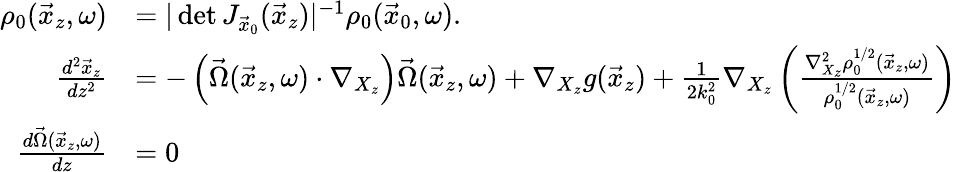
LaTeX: \begin{array}{rl}{\rho_{0}(\vec{x}_{z},\omega)}&{=|\operatorname*{det}J_{\vec{x}_{0}}(\vec{x}_{z})|^{-1}\rho_{0}(\vec{x}_{0},\omega).}\\ {\frac{d^{2}\vec{x}_{z}}{dz^{2}}}&{=-\left(\vec{\Omega}(\vec{x}_{z},\omega)\cdot\nabla_{X_{z}}\right)\vec{\Omega}(\vec{x}_{z},\omega)+\nabla_{X_{z}}g(\vec{x}_{z})+\frac{1}{2k_{0}^{2}}\nabla_{X_{z}}\left(\frac{\nabla_{X_{z}}^{2}\rho_{0}^{1/2}(\vec{x}_{z},\omega)}{\rho_{0}^{1/2}(\vec{x}_{z},\omega)}\right)}\\ {\frac{d\vec{\Omega}(\vec{x}_{z},\omega)}{dz}}&{=0}\end{array}